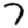
Digit: 7